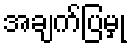
အချက်ပြမှု